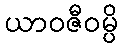
ယာဝဇီဝမ္ပိ